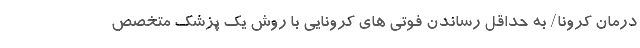
درمان کرونا/ به حداقل رساندن فوتی های کرونایی با روش یک پزشک متخصص